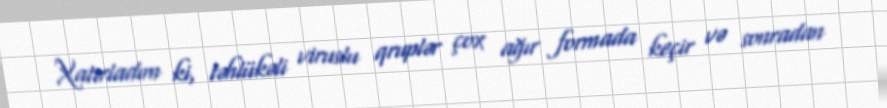
Xatırladım ki, təhlükəli viruslu qruplər çox ağır formada keçir və sonradan